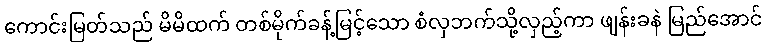
ကောင်းမြတ်သည် မိမိထက် တစ်မိုက်ခန့်မြင့်သော စံလှဘက်သို့လှည့်ကာ ဖျန်းခနဲ မြည်အောင်